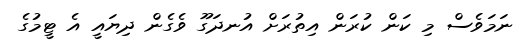
ނަމަވެސް މި ކަން ކުރަން އިތުރަށް އުނދަގޫ ވެގެން ދިޔައީ އެ ޓީމުގެ